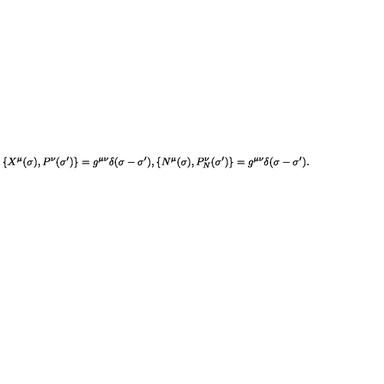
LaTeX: \{ X ^ { \mu } ( \sigma ) , P ^ { \nu } ( \sigma ^ { \prime } ) \} = g ^ { \mu \nu } \delta ( \sigma - \sigma ^ { \prime } ) , \{ N ^ { \mu } ( \sigma ) , P _ { N } ^ { \nu } ( \sigma ^ { \prime } ) \} = g ^ { \mu \nu } \delta ( \sigma - \sigma ^ { \prime } ) .